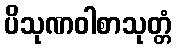
ပိသုဏဝါစာသုတ္တံ